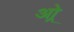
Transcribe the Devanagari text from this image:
ओर्‍